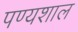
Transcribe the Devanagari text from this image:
पण्यशाल